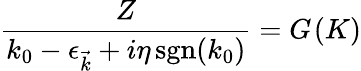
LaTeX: {\frac{Z}{k_{0}-\epsilon_{\vec{k}}+i\eta\operatorname{sgn}(k_{0})}}=G_{}(K)